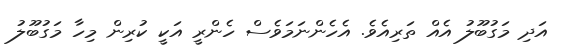
އަދި މަގުބޫލު އެއް ތަރިއެވެ. އެހެންނަމަވެސް ހެންރީ އަކީ ކުރިން މިހާ މަގުބޫލު